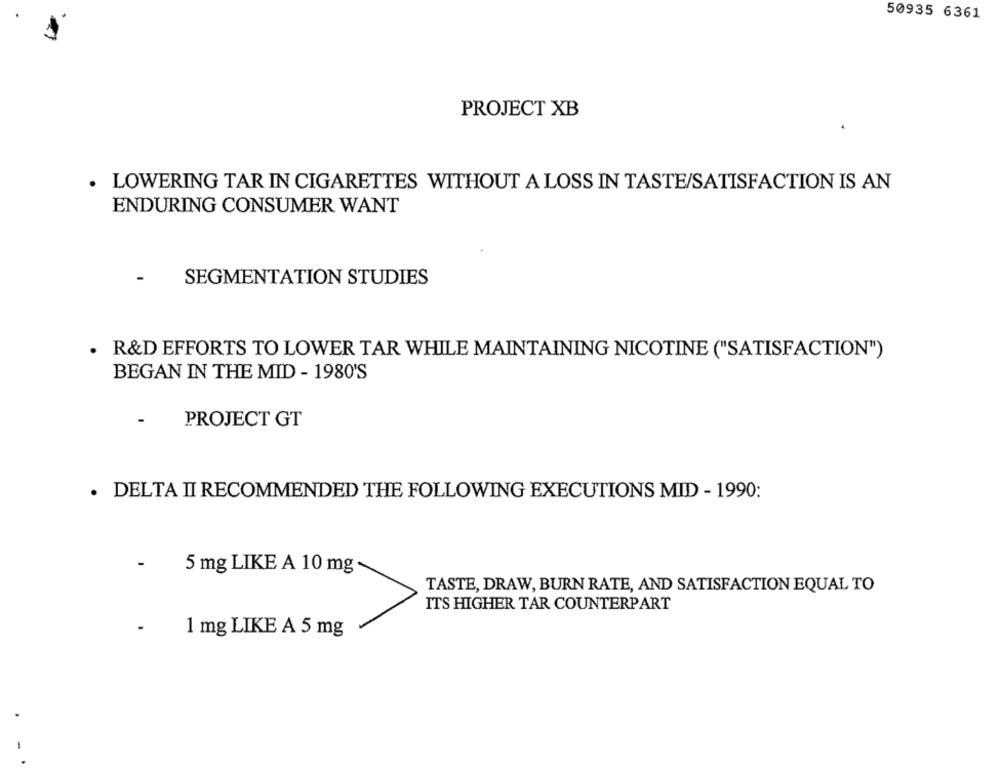
50935 6361
PROJECT XB
· LOWERING TAR IN CIGARETTES WITHOUT A LOSS IN TASTE/SATISFACTION IS AN
ENDURING CONSUMER WANT
-
SEGMENTATION STUDIES
. R&D EFFORTS TO LOWER TAR WHILE MAINTAINING NICOTINE ("SATISFACTION")
BEGAN IN THE MID - 1980'S
-
PROJECT GT
· DELTA II RECOMMENDED THE FOLLOWING EXECUTIONS MID - 1990:
-
5 mg LIKE A 10 mg
TASTE, DRAW, BURN RATE, AND SATISFACTION EQUAL TO
ITS HIGHER TAR COUNTERPART
1 mg LIKE A 5 mg